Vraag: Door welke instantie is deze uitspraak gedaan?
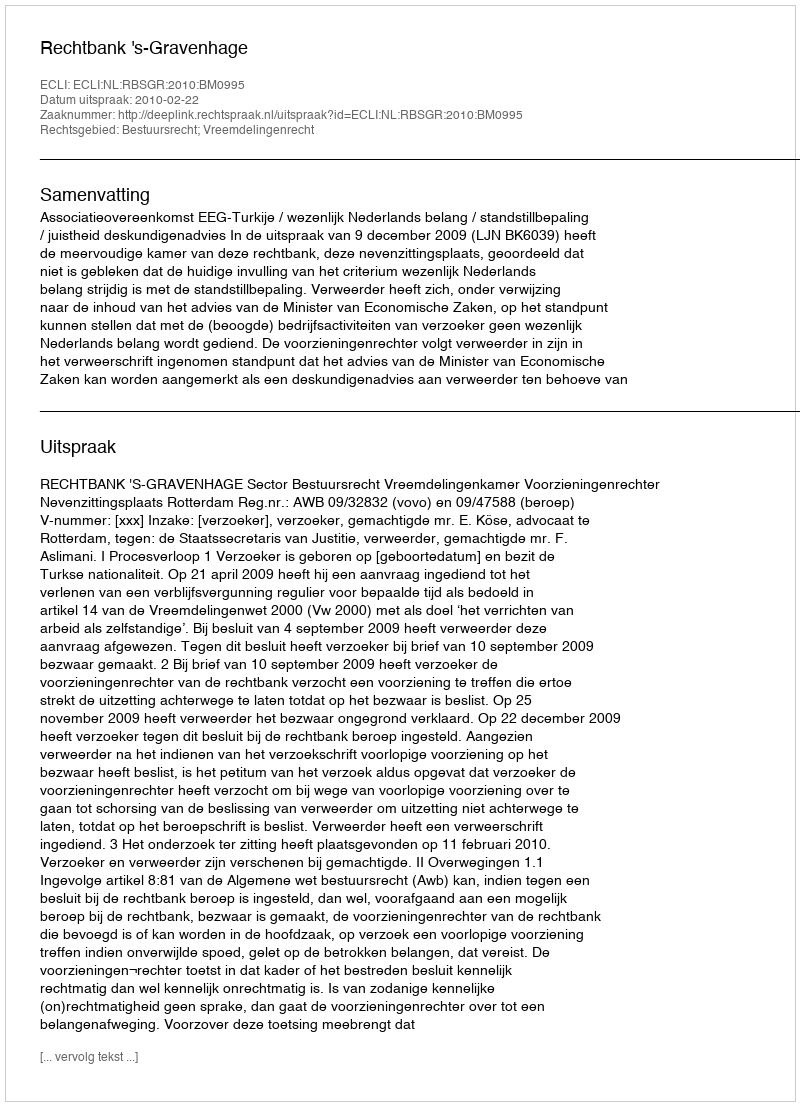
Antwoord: Rechtbank 's-Gravenhage